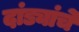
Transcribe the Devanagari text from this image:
दांड्यांचे